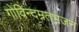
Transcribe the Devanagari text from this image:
गोविन्दम्रतभजन